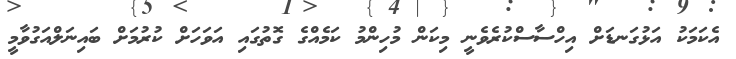
އެކަމަކު އަޅުގަނޑަށް އިހްސާސްކުރެވެނީ މިކަން މުހިންމު ކަމެއްގެ ގޮތުގައި އަވަހަށް ކުރުމަށް ބައިނަލްއަގުވާމީ